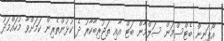
އޯޕަނިން ބެޓްސްމަން ސަލްމާން ބަޓް އާއި ތަޖުރިބާކާރު ދެ ކުޅުންތެރިން ކަމަށްވާ މުހައްމަދު